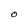
Character: O